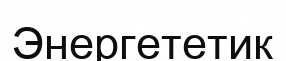
Энергететик